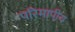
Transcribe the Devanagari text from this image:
परिमापीय